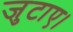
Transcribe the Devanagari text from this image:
जुटाए।